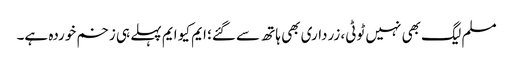
مسلم لیگ بھی نہیں ٹوٹی، زرداری بھی ہاتھ سے گئے؛ ایم کیو ایم پہلے ہی زخم خوردہ ہے۔